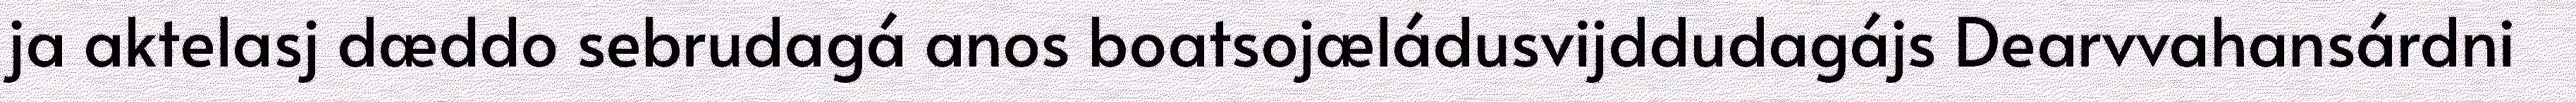
ja aktelasj dæddo sebrudagá anos boatsojæládusvijddudagájs Dearvvahansárdni